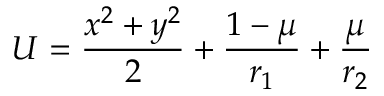
U = \frac { x ^ { 2 } + y ^ { 2 } } { 2 } + \frac { 1 - \mu } { r _ { 1 } } + \frac { \mu } { r _ { 2 } }